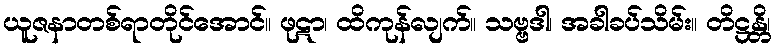
ယူဇနာတစ်ရာတိုင်အောင်။ ဖုဋာ၊ ထိကုန်လျက်။ သဗ္ဗဒါ၊ အခါခပ်သိမ်း။ တိဋ္ဌန္တိ၊